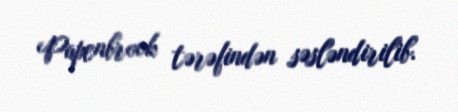
Papenbrook tərəfindən səsləndirilib.